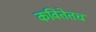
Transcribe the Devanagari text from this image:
कवितेतच